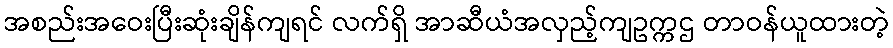
အစည်းအဝေးပြီးဆုံးချိန်ကျရင် လက်ရှိ အာဆီယံအလှည့်ကျဥက္ကဌ တာဝန်ယူထားတဲ့